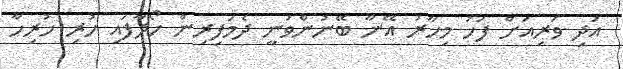
އަދި ވަރިއަށް ފަހު މިހާރު އޭނާ ބޭނުންވަނީ ދެމަފިރިން ހޯދާފައި ހުރި ހުރިހާ